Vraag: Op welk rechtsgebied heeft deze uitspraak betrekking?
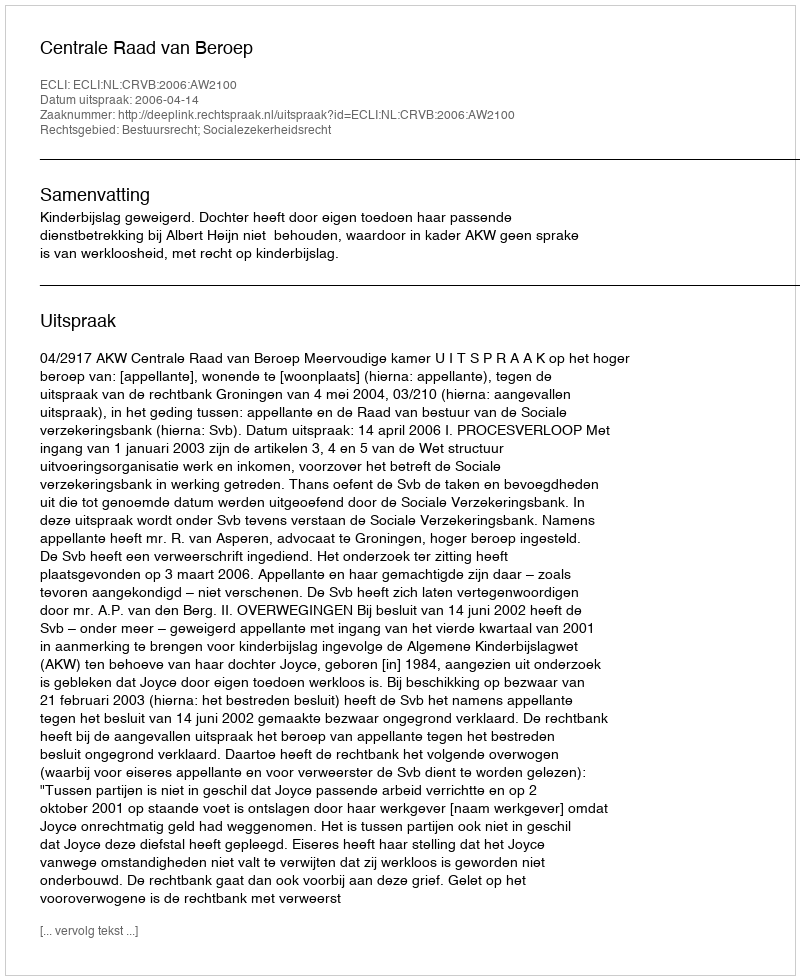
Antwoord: Bestuursrecht; Socialezekerheidsrecht